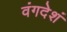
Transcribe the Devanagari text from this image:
वंगदेशं